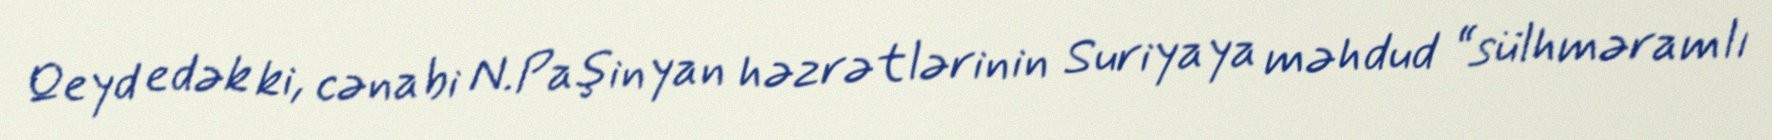
Qeyd edək ki, cənabi N.Paşinyan həzrətlərinin Suriyaya məhdud “sülhməramlı